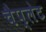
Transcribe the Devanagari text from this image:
चैप्लेट